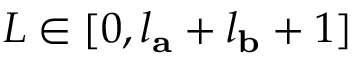
L \in [ 0 , l _ { \mathbf { a } } + l _ { \mathbf { b } } + 1 ]